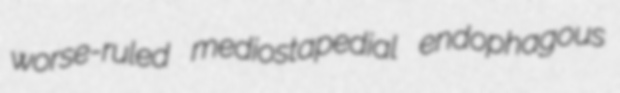
worse-ruled mediostapedial endophagous